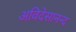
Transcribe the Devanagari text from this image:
अविदेसानन्द